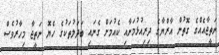
ނަތީޖާއެއްގެ ގޮތުން އާރްޔާގެ ދިރިއުޅުމަށާއި ކެއުމަށް ގެނައި ބަދަލުތަކުގެ ހެޔޮ ނަތީޖާ މިހާރުވެސް